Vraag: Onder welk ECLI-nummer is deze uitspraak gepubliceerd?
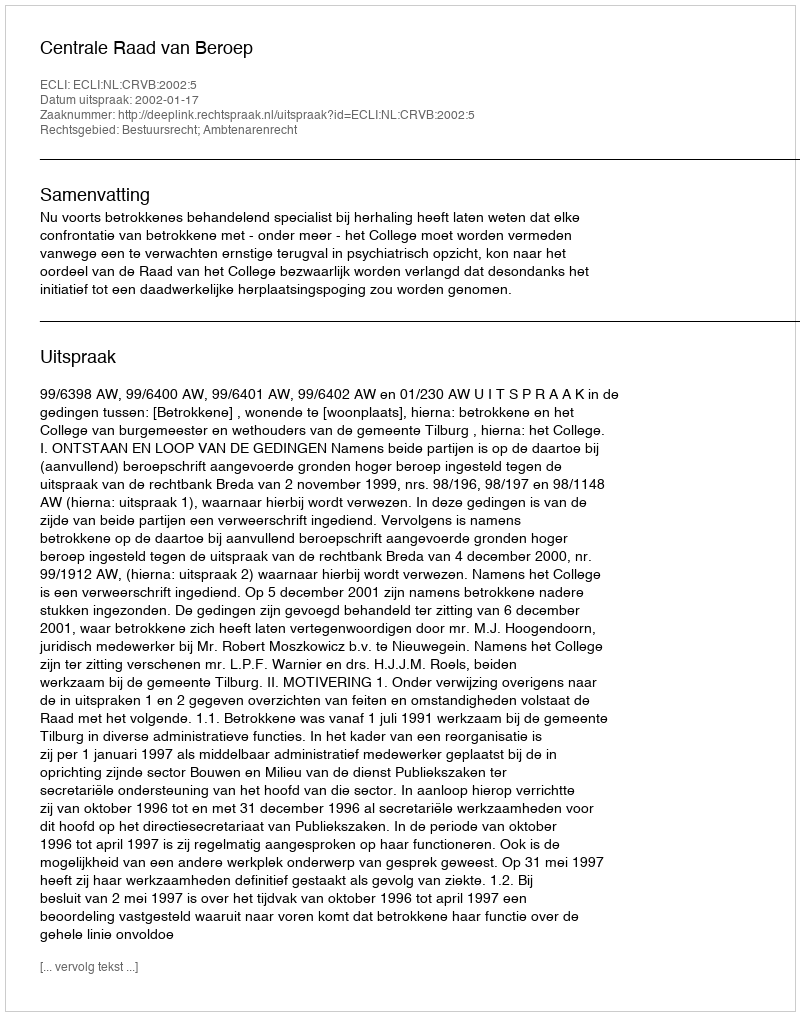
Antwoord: ECLI:NL:CRVB:2002:5